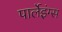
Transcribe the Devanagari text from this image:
पार्लेइंग्स